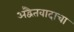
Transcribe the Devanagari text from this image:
अद्वैतवादाचा